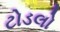
ટોડલો